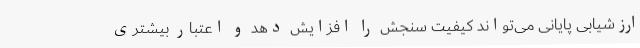
ارزشیابی پایانی می‌تواند کیفیت سنجش را افزایش دهد و اعتبار بیشتری